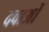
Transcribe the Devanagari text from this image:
दवाअों